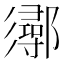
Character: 𨟈